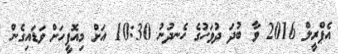
އެޕްރީލް 2016 ވާ ބުދަ ދުވަހުގެ ހެނދުނު 10:30 އަށް މިއޮފީހަށް ވަޑައިގެން